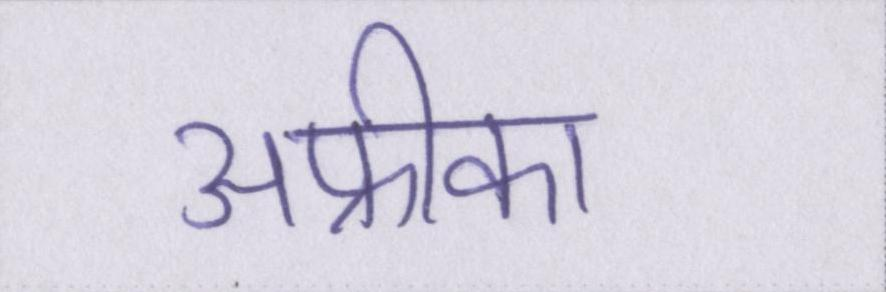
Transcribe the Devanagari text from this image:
अफ्रीका